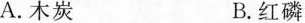
A.木炭 B.红磷